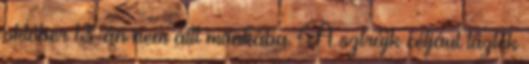
október 13-án nem állt munkába. A sztrájk céljául tűzték